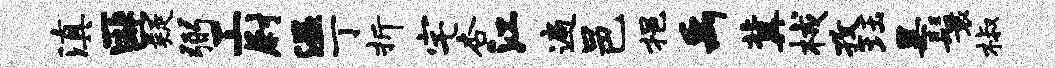
滇匪疑弼工尉温丁折宅杏江遍邑挹禹冀械孜珏黑鬟椒